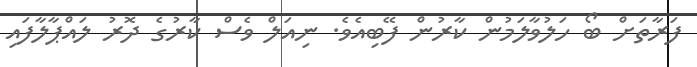
ފަރާތަށް ބޯ ހަލުވާލަމުން ކާރުން ފޭބިއެވެ. ނިއަލް ވެސް ކާރުގެ ދޮރު ލައްޕާލާފައި